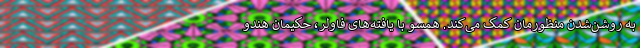
به روشن‌شدن منظورمان کمک می‌کند. همسو با یافته‌های فاولر، حکیمان هندو